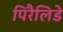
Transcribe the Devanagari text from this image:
पिरैलिडे